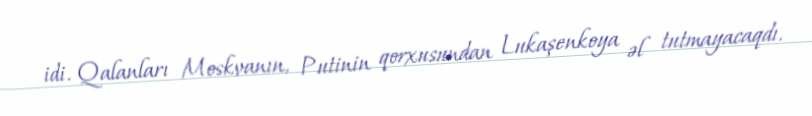
idi. Qalanları Moskvanın, Putinin qorxusundan Lukaşenkoya əl tutmayacaqdı.